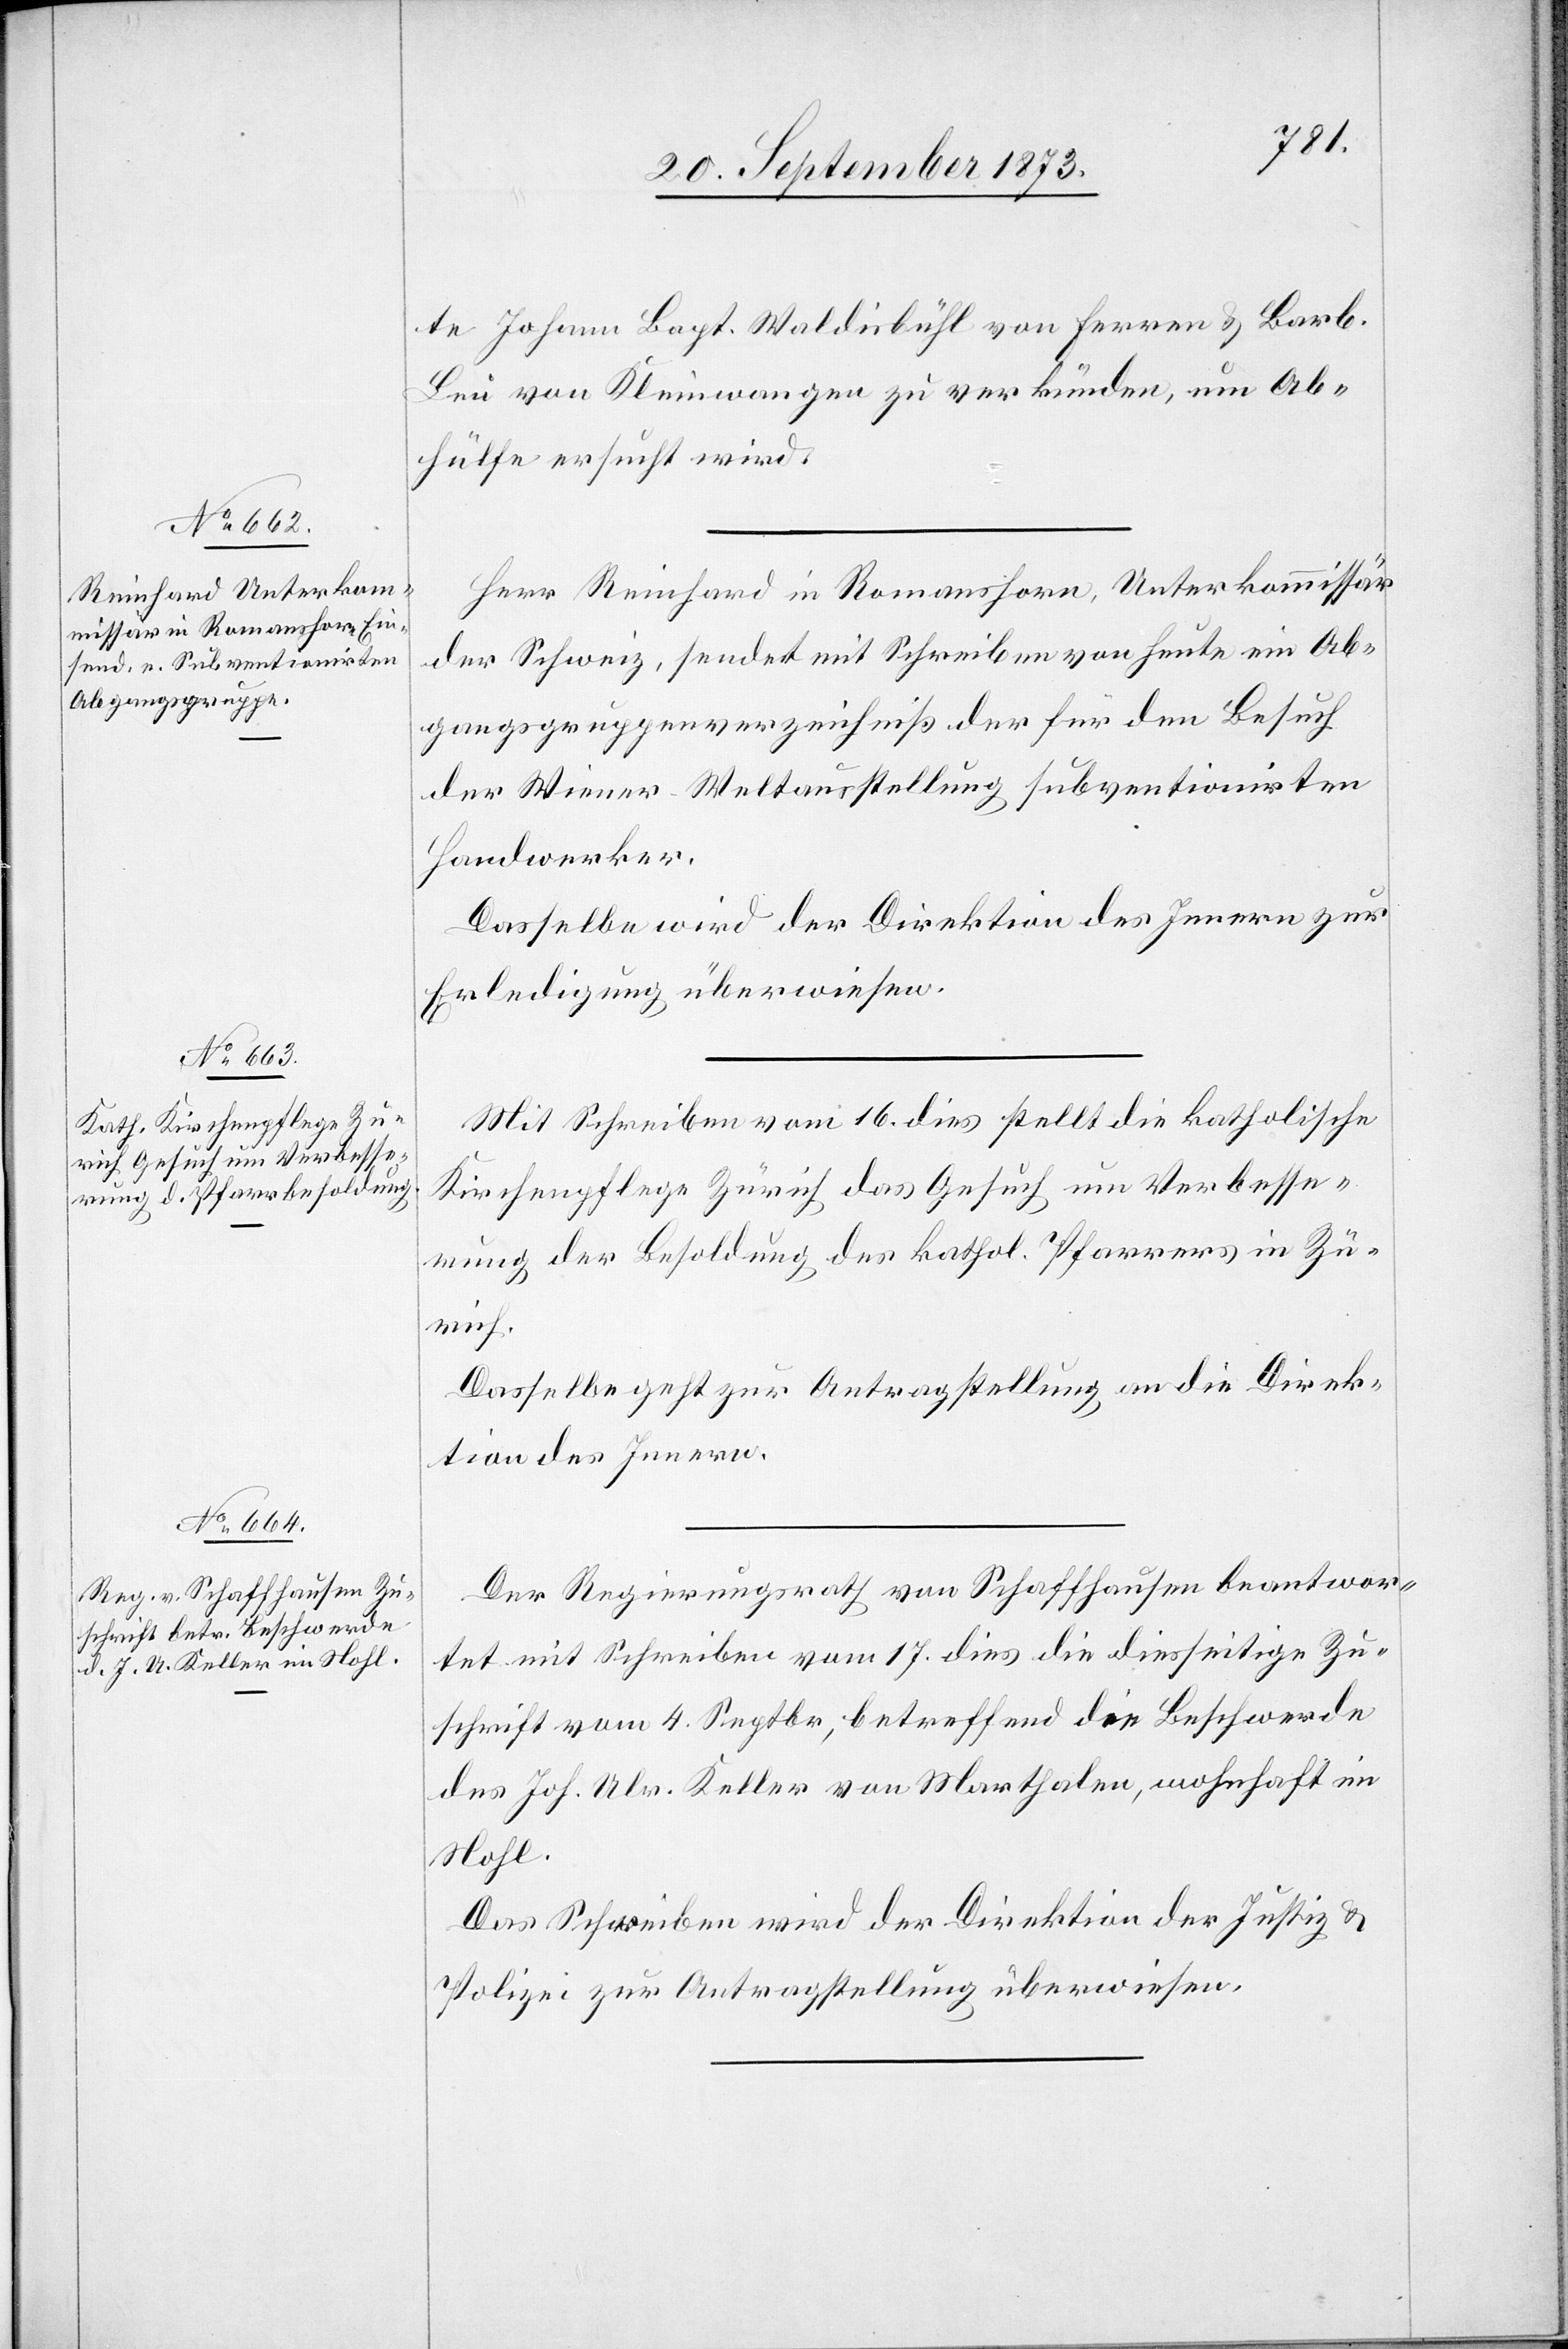
20. September 1873.]
te Johann Bapt. Waldisbühl von Ferren & Barb.
Leu von Kleinwangen zu verkünden, um Ab¬
hülfe ersucht wird.
Herr Reinhard in Romanshorn, Unterkommissär
der Schweiz, sendet mit Schreiben von heute ein Ab¬
gangsgruppenverzeichniß der für den Besuch
der Wiener-Weltausstellung subventionirten
Handwerker.
Dasselbe wird der Direktion des Innern zur
Erledigung überwiesen.
Mit Schreiben vom 16. dies stellt die katholische
Kirchenpflege Zürich das Gesuch um Verbesse¬
rung der Besoldung des kathol. Pfarrers in Zü¬
rich.
Dasselbe geht zur Antragstellung an die Direk¬
tion des Innern.
Der Regierungsrath von Schaffhausen beantwor¬
tet mit Schreiben vom 17. dies die diesseitige Zu¬
schrift vom 4. Septbr, betreffend die Beschwerde
des Joh. Ulr. Keller von Marthalen, wohnhaft im
Nohl.
Das Schreiben wird der Direktion der Justiz &
Polizei zur Antragstellung überwiesen.